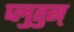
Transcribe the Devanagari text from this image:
प्लुतुस्